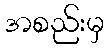
အစည်းမှ